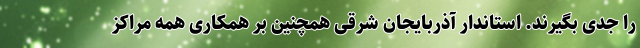
را جدی بگیرند. استاندار آذربایجان شرقی همچنین بر همکاری همه مراکز